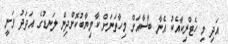
އަދި މި ހެޓްރިކާއެކު އެނާ ބާސާއަށް މިހާތަނަށް ކާމިޔާބުކޮށްދިން ލަނޑުގެ އަދަދު ވަނީ